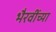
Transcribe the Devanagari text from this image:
भैरवींच्या